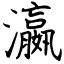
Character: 瀛